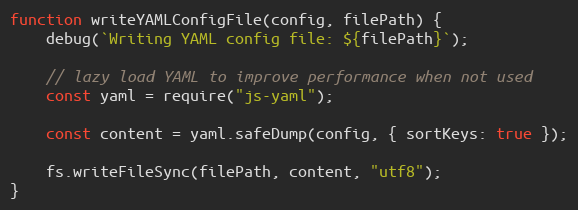
Language: JavaScript
function writeYAMLConfigFile(config, filePath) {
    debug(`Writing YAML config file: ${filePath}`);

    // lazy load YAML to improve performance when not used
    const yaml = require("js-yaml");

    const content = yaml.safeDump(config, { sortKeys: true });

    fs.writeFileSync(filePath, content, "utf8");
}